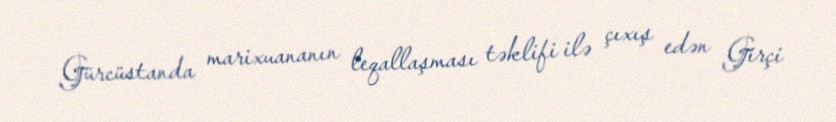
Gürcüstanda marixuananın leqallaşması təklifi ilə çıxış edən Girçi